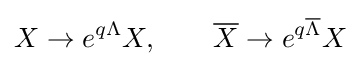
X\to e^{q\Lambda }X,\qquad {\overline {X}}\to e^{q{\overline {\Lambda }}}X